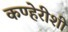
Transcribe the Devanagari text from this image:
कण्हेरीशी